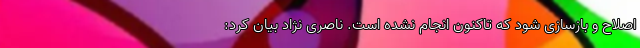
اصلاح و بازسازی شود که تاکنون انجام نشده است. ناصری نژاد بیان کرد: